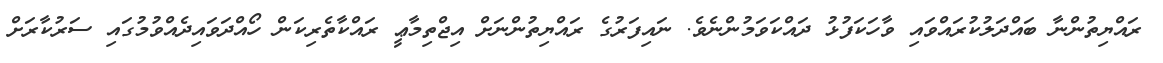
ރައްޔިތުންނާ ބައްދަލުކުރައްވައި ވާހަކަފުޅު ދައްކަވަމުންނެވެ. ނައިފަރުގެ ރައްޔިތުންނަށް އިޖްތިމާޢީ ރައްކާތެރިކަން ހޯއްދަވައިދެއްވުމުގައި ސަރުކާރަށް